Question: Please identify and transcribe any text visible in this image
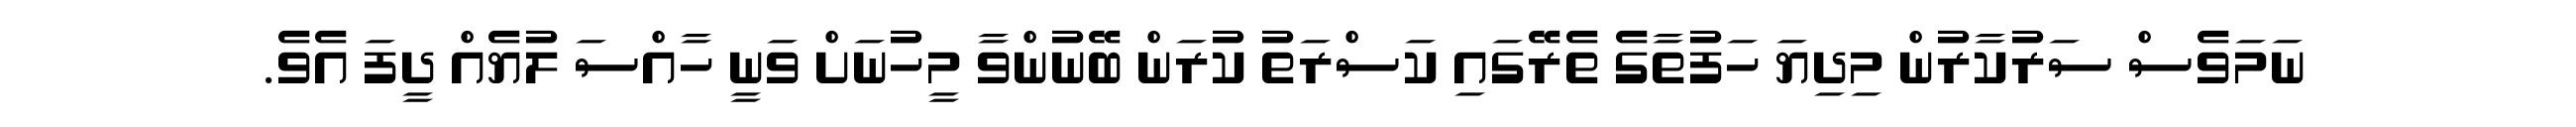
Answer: ނަމަވެސް ސަރުކާރުން މިދިޔަ ހަފުތާގެ ތެރޭގައި ކަސްރަތު ކުރަން ބޭނުންވާ މީހުނަށް ވަނީ ހާއްސަ ލުޔެއް ދީފަ އެވެ.